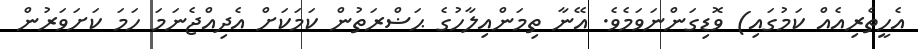
އެހީތެރިއެއް ކަމުގައި) ވޮޑިގަންނަވަމެވެ. އޭނާ ތިމަންއިލާހުގެ ޙަޟްރަތުން ކަމަކަށް އެދިއްޖެނަމަ ހަމަ ކަށަވަރުން